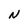
Character: N